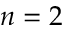
n = 2